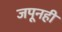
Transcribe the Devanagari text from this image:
जपूनही